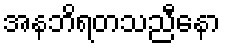
အနဘိရတသညီနော